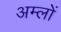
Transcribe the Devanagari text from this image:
अम्‍लों